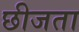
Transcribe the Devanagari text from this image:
छीजता